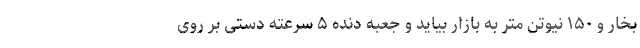
بخار و ۱۵۰ نیوتن متر به بازار بیاید و جعبه دنده ۵ سرعته دستی بر روی